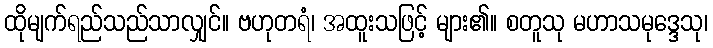
ထိုမျက်ရည်သည်သာလျှင်။ ဗဟုတရံ၊ အထူးသဖြင့် များ၏။ စတူသု မဟာသမုဒ္ဒေသု၊